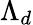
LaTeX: \Lambda_{d}